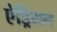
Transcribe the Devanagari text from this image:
ऐड्रियन